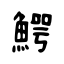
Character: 鰐